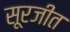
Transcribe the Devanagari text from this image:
सूरजीत